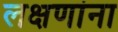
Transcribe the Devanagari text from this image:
लक्षणांना